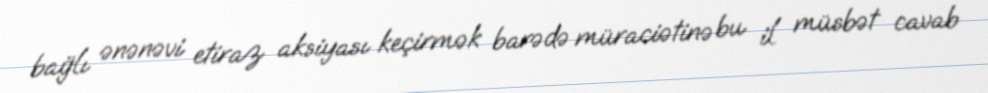
bağlı ənənəvi etiraz aksiyası keçirmək barədə müraciətinə bu il müsbət cavab